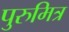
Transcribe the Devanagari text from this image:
पुरुमित्र